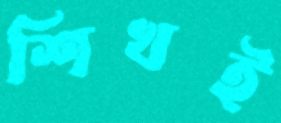
শিখই